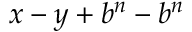
x - y + b ^ { n } - b ^ { n }